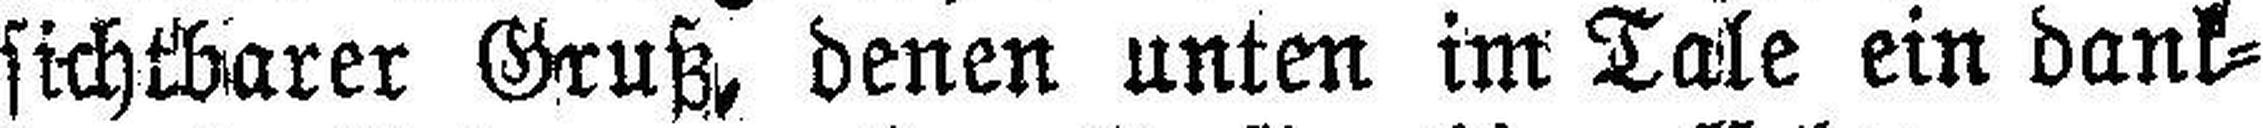
sichtbarer Gruß, denen unten im Tale ein dank¬